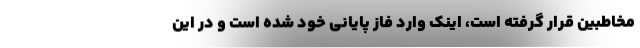
مخاطبین قرار گرفته است، اینک وارد فاز پایانی خود شده است و در این